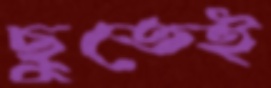
ছুতেই